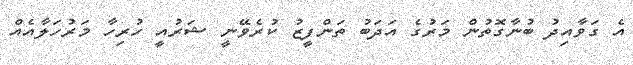
އެ ގަވާއިދު ބުނާގޮތުން މަރުގެ އަދަބު ތަންފީޒު ކުރެވޭނީ ޝަރުއީ ހުރިހާ މަރުހަލާއެއް